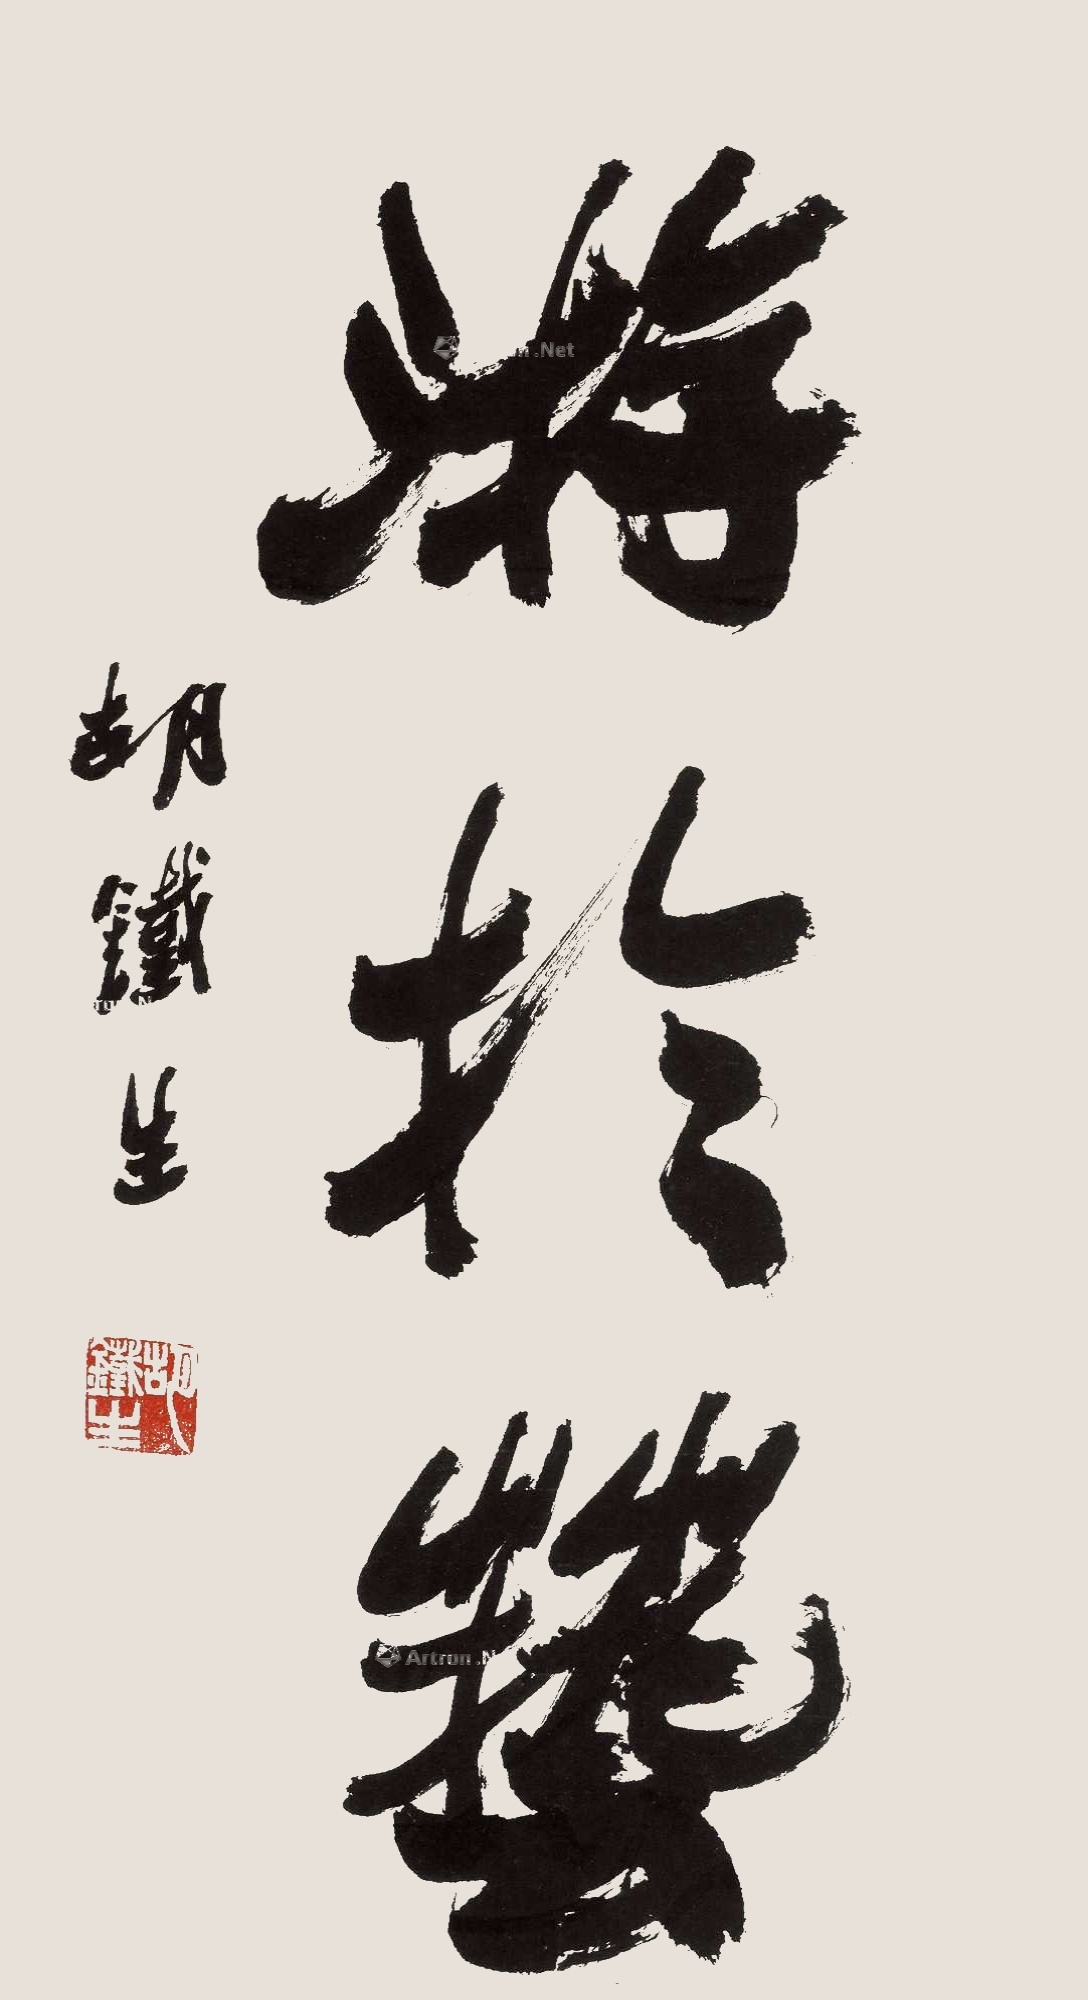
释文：游于艺。胡铁生。